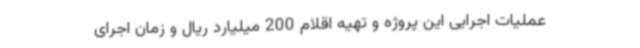
عملیات اجرایی این پروژه و تهیه اقلام 200 میلیارد ریال و زمان اجرای